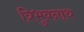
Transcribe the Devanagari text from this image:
त्रिभुवनाथ